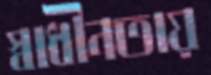
স্বাধীনতায়